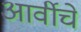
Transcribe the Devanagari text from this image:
आर्वीचे